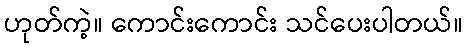
ဟုတ်ကဲ့။ ကောင်းကောင်း သင်ပေးပါတယ်။